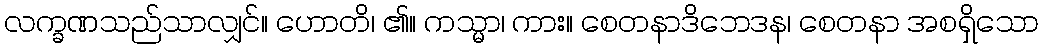
လက္ခဏသည်သာလျှင်။ ဟောတိ၊ ၏။ ကသ္မာ၊ ကား။ စေတနာဒိဘေဒန၊ စေတနာ အစရှိသော